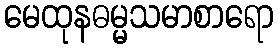
မေထုနဓမ္မသမာစာရော